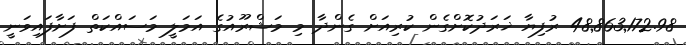
48